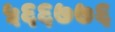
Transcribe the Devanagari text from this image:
५६६७७६